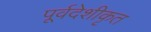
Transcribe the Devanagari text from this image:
पूर्वदेशीकृत